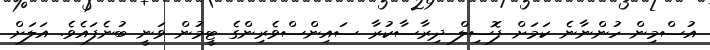
އުސްމިން ހުންނާނެ ކަމަށް ފޮސިލް ދިރާސާކުރާ ސައިންސްވެރިންގެ ޓީމުން ވަނީ ބުނެފައެވެ. އަލަށް